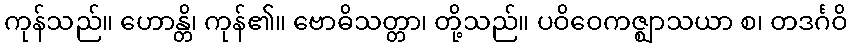
ကုန်သည်။ ဟောန္တိ၊ ကုန်၏။ ဗောဓိသတ္တာ၊ တို့သည်။ ပဝိဝေကဇ္ဈာသယာ စ၊ တဒင်္ဂဝိ